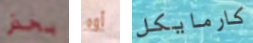
بحذر أوه كارمايكل